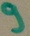
Text: 9